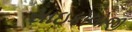
સાઇકોલોજી